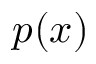
p ( x )